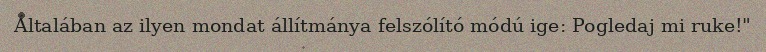
Általában az ilyen mondat állítmánya felszólító módú ige: Pogledaj mi ruke!"